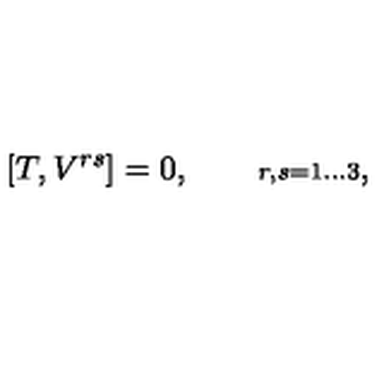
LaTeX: [ T , V ^ { r s } ] = 0 , \qquad { \scriptstyle r , s = 1 \ldots 3 } ,